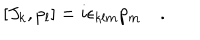
[ J _ { k } , p _ { l } ] = i \epsilon _ { k l m } p _ { m } ~ .